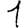
Digit: 1